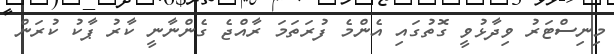
މިނިސްޓަރު ވިދާޅުވީ ގޮތުގައި އެންމެ ފުރަތަމަ ރާއްޖެ ގެންނާނީ ކާރު ޕާކު ކުރަން